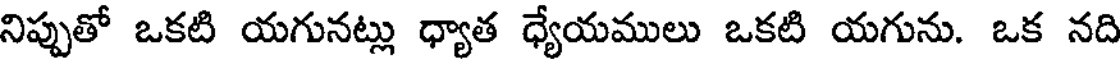
నిప్పుతో ఒకటి యగునట్లు ధ్యాత ధ్యేయములు ఒకటి యగును. ఒక నది